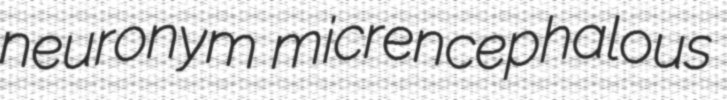
neuronym micrencephalous